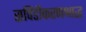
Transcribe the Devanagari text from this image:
सपिंडीकरणश्राद्ध